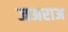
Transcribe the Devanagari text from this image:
जअराअ